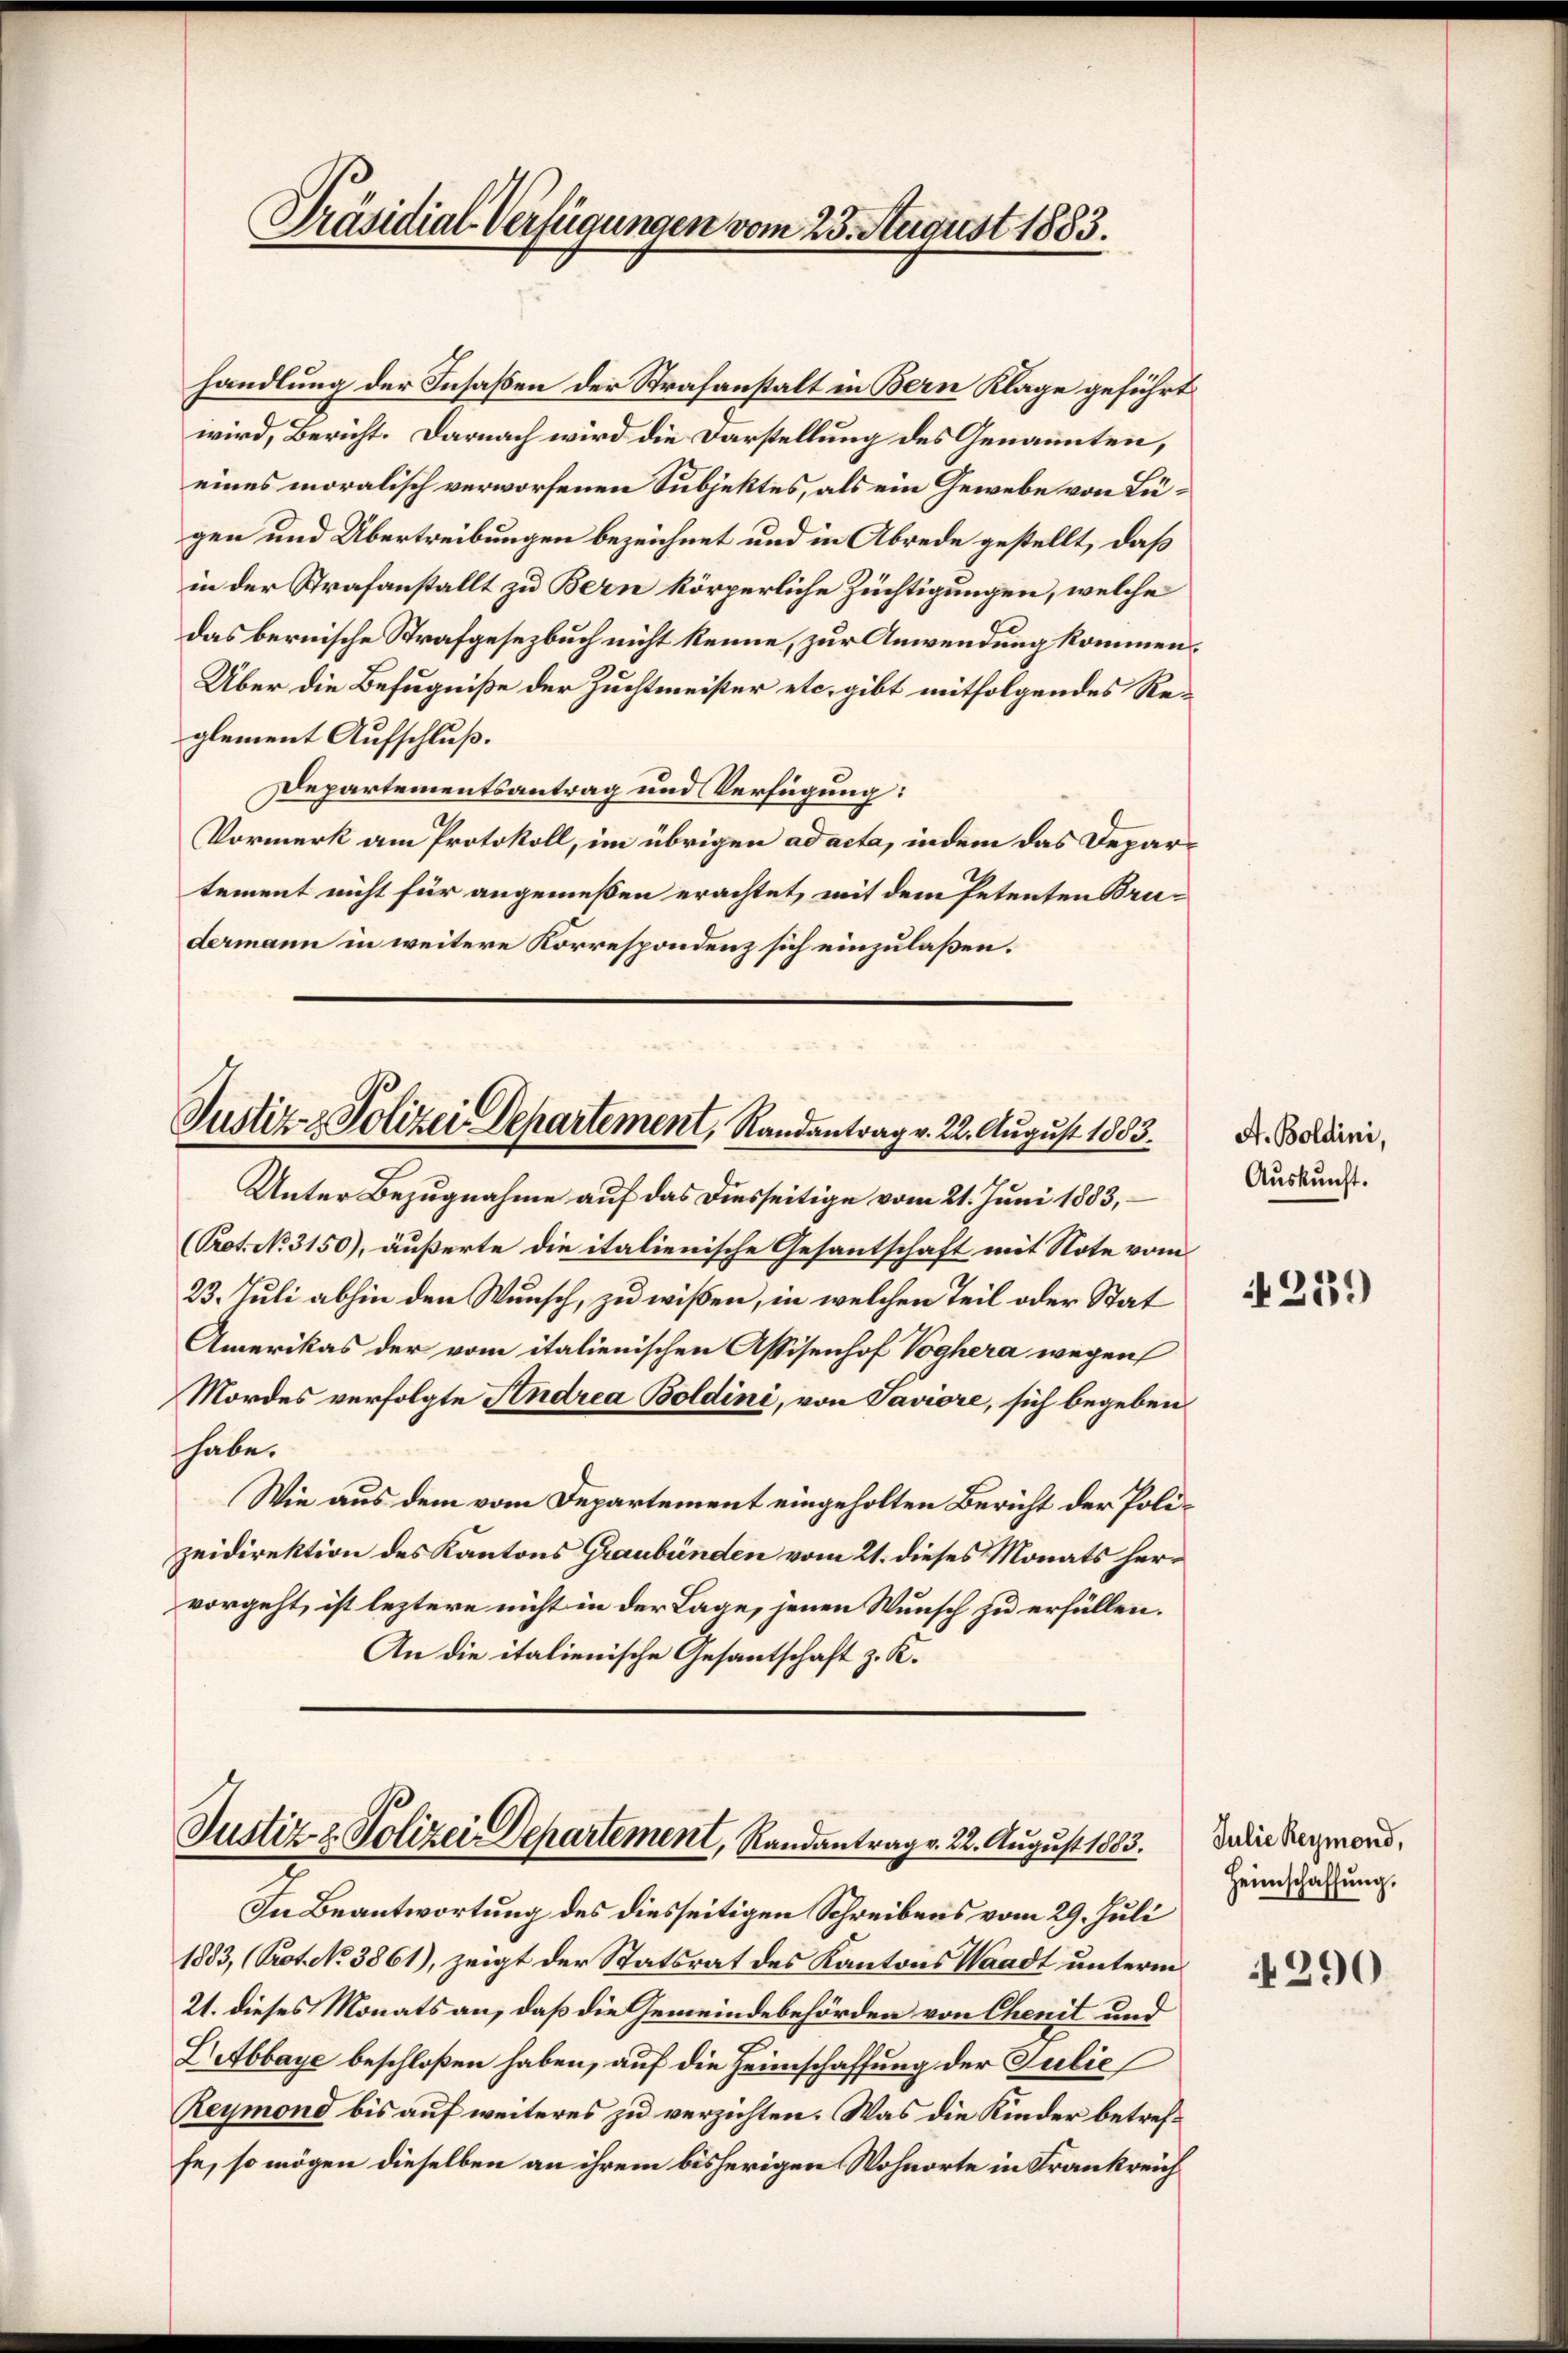
Präsidial-Verfügungen vom 23. August 1883.

handlung der Insaßen der Strafanstalt in Bern Klage geführt
wird, Bericht. Darnach wird die Darstellung des Genannten,
eines moralisch verworfenen Subjektes, als ein Gewebe von Lugen und Übertreibungen bezeichnet und in Abrede gestellt, daß
in der Strafanstallt zu Bern körperliche Züchtigungen, welche
das bernische Strafgesetzbuch nicht kenne, zur Anwendung kommen.
Über die Befugniße der Zuchtmeister etc. gibt mitfolgendes Reglement Aufschluß.
Departementsantrag und Verfügung:
Vormerk am Protokoll, im übrigen ad acta, indem das Departement nicht für angemeßen erachtet, mit dem Petenten Bru-
dermann in weitere Korrespondenz sich einzulaßen.

Justiz- & Polizei Departement, Randantrag v. 22. August 1803.

Justiz & Polizei Departement, Randantrag v. 22. August 1883.

Unter Bezugnahme auf das Diesseitige vom 21. Juni 1883,
(Prot. No. 3150), äußerte die italienische Gesantschaft mit Note vom
23. Juli abhin den Wunsch, zu wißen, in welchen Teil oder Stat
Amerikas der vom italienischen Assisenhof Voghera wegen
Mordes verfolgte Andrea Boldini, von Saviore, sich begeben
habe.
Wie aus dem vom Departement eingeholten Bericht der Polizeidirektion des Kantons Graubünden vom 21. dieses Monats hervorgeht, ist leztere nicht in der Lage, jenen Wunsch zu erfüllen.
An die italienische Gesantschaft z. K.

In Beantwortung des diesseitigen Schreibens vom 29. Juli
1883, (Prot. No 3861), zeigt der Statsrat des Kantons Waadt unterm
21. dieses Monats an, daß die Gemeindebehörden von Chenit und
Lebbaye beschloßen haben, auf die Heimschaffung der Julie
Reymond bis auf weiteres zu verzichten. Was die Kinder betreffe, so mögen dieselben an ihrem bisherigen Wohnorte in Frankreich

A. Boldini,
Auskunft.

1239)

Julie Reymond,
Heimschaffung.

4290